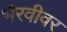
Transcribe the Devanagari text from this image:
भैरवीवर